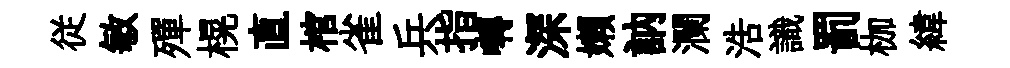
従敏殫榥直棺雀兵指囀深嬾訥瀾浩識罰枷緯